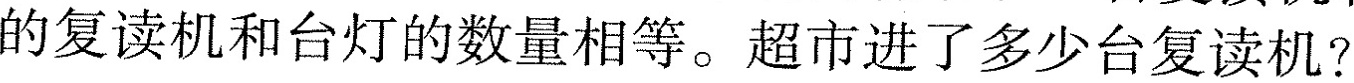
的复读机和台灯的数量相等。超市进了多少台复读机?